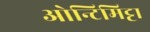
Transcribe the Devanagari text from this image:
ओन्टिमिट्टा